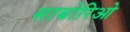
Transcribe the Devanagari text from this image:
साबोरिओ